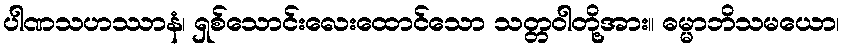
ပါဏသဟဿာနံ၊ ရှစ်သောင်းလေးထောင်သော သတ္တဝါတို့အား။ ဓမ္မာဘိသမယော၊